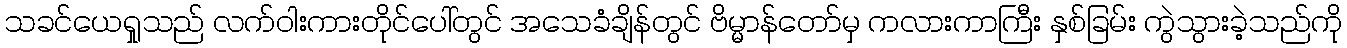
သခင်ယေရှုသည် လက်ဝါးကားတိုင်ပေါ်တွင် အသေခံချိန်တွင် ဗိမ္မာန်တော်မှ ကလားကာကြီး နှစ်ခြမ်း ကွဲသွားခဲ့သည်ကို